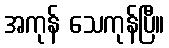
အကုန် သေကုန်ပြီ။